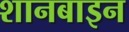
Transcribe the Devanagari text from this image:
शानबाइन